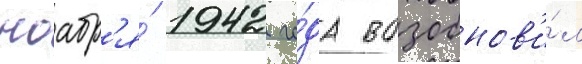
ноабр'я́ 1942 го́да возобнов'и́л